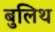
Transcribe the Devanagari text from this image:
बुलिथ